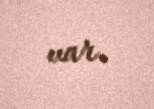
var.